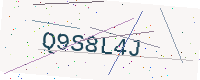
Text: Q9S8L4J